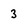
Character: 3